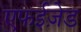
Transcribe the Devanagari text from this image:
एफईज़ेड